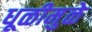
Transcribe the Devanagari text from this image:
धूळीमुळे